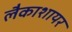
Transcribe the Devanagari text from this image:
लैकाशायर